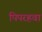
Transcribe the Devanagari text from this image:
पिपरहवा